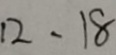
1 2 , 1 8